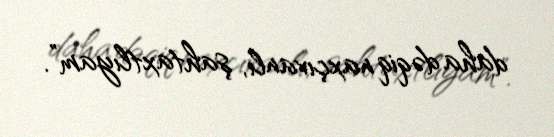
daha dəqiq naxçıvanlı, şahtaxtlıyam”.